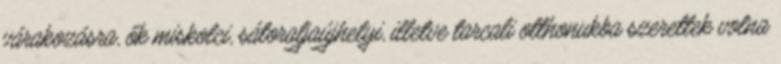
várakozásra, ők miskolci, sátoraljaújhelyi, illetve tarcali otthonukba szerettek volna